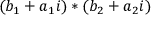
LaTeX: ( b _ { 1 } + a _ { 1 } i ) * ( b _ { 2 } + a _ { 2 } i )